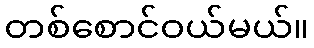
တစ်စောင်ဝယ်မယ်။